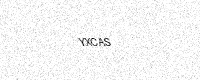
Text: YXCAS